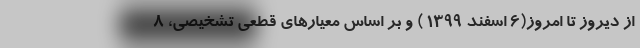
از دیروز تا امروز(۶ اسفند ۱۳۹۹ ) و بر اساس معیارهای قطعی تشخیصی، ۸